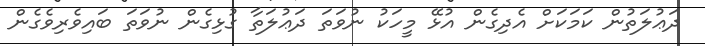
ދަޢުލަތުން ކަމަކަށް އެދިގެން އުޅޭ މީހަކު ނުވަތަ ދަޢުލަތާ ގުޅިގެން ނުވަތަ ބައިވެރިވެގެން